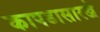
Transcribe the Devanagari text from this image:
कापडासारखे